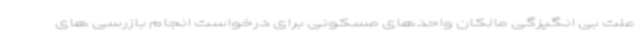
علت بی انگیزگی مالکان واحدهای مسکونی برای درخواست انجام بازرسی های